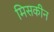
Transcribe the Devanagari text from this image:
मिसकीन